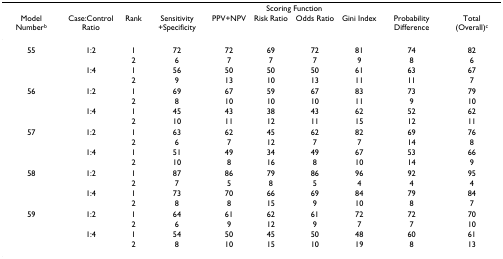
<table><thead><tr><td></td><td></td><td></td><td colspan="6"><b>Scoring Function</b></td><td></td></tr><tr><td><b>Model Number<sup>b</sup></b></td><td><b>Case:Control Ratio</b></td><td><b>Rank</b></td><td><b>Sensitivity +Specificity</b></td><td><b>PPV+NPV</b></td><td><b>Risk Ratio</b></td><td><b>Odds Ratio</b></td><td><b>Gini Index</b></td><td><b>Probability Difference</b></td><td><b>Total (Overall)<sup>c</sup></b></td></tr></thead><tbody><tr><td>55</td><td>1:2</td><td>1</td><td>72</td><td>72</td><td>69</td><td>72</td><td>81</td><td>74</td><td>82</td></tr><tr><td></td><td></td><td>2</td><td>6</td><td>7</td><td>7</td><td>7</td><td>9</td><td>8</td><td>6</td></tr><tr><td></td><td>1:4</td><td>1</td><td>56</td><td>50</td><td>50</td><td>50</td><td>61</td><td>63</td><td>67</td></tr><tr><td></td><td></td><td>2</td><td>9</td><td>13</td><td>10</td><td>13</td><td>11</td><td>11</td><td>7</td></tr><tr><td>56</td><td>1:2</td><td>1</td><td>69</td><td>67</td><td>59</td><td>67</td><td>83</td><td>73</td><td>79</td></tr><tr><td></td><td></td><td>2</td><td>8</td><td>10</td><td>10</td><td>10</td><td>11</td><td>9</td><td>10</td></tr><tr><td></td><td>1:4</td><td>1</td><td>45</td><td>43</td><td>38</td><td>43</td><td>62</td><td>52</td><td>62</td></tr><tr><td></td><td></td><td>2</td><td>10</td><td>11</td><td>12</td><td>11</td><td>15</td><td>12</td><td>11</td></tr><tr><td>57</td><td>1:2</td><td>1</td><td>63</td><td>62</td><td>45</td><td>62</td><td>82</td><td>69</td><td>76</td></tr><tr><td></td><td></td><td>2</td><td>6</td><td>7</td><td>12</td><td>7</td><td>7</td><td>14</td><td>8</td></tr><tr><td></td><td>1:4</td><td>1</td><td>51</td><td>49</td><td>34</td><td>49</td><td>67</td><td>53</td><td>66</td></tr><tr><td></td><td></td><td>2</td><td>10</td><td>8</td><td>16</td><td>8</td><td>10</td><td>14</td><td>9</td></tr><tr><td>58</td><td>1:2</td><td>1</td><td>87</td><td>86</td><td>79</td><td>86</td><td>96</td><td>92</td><td>95</td></tr><tr><td></td><td></td><td>2</td><td>7</td><td>5</td><td>8</td><td>5</td><td>4</td><td>4</td><td>4</td></tr><tr><td></td><td>1:4</td><td>1</td><td>73</td><td>70</td><td>66</td><td>69</td><td>84</td><td>79</td><td>84</td></tr><tr><td></td><td></td><td>2</td><td>8</td><td>8</td><td>15</td><td>9</td><td>10</td><td>8</td><td>7</td></tr><tr><td>59</td><td>1:2</td><td>1</td><td>64</td><td>61</td><td>62</td><td>61</td><td>72</td><td>72</td><td>70</td></tr><tr><td></td><td></td><td>2</td><td>6</td><td>9</td><td>12</td><td>9</td><td>7</td><td>7</td><td>10</td></tr><tr><td></td><td>1:4</td><td>1</td><td>54</td><td>50</td><td>45</td><td>50</td><td>48</td><td>60</td><td>61</td></tr><tr><td></td><td></td><td>2</td><td>8</td><td>10</td><td>15</td><td>10</td><td>19</td><td>8</td><td>13</td></tr></tbody></table>